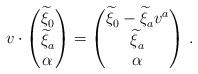
LaTeX: \begin{align*} v\cdot\begin{pmatrix} \widetilde{\xi}_0^{}\\ \widetilde{\xi}_a^{}\\ \alpha^{}\\ \end{pmatrix}=\begin{pmatrix} \widetilde{\xi}_0^{} -\widetilde{\xi}_a^{}v^a\\ \widetilde{\xi}_a^{} \\ \alpha^{}\\ \end{pmatrix}\,.\end{align*}